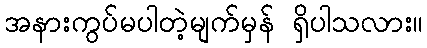
အနားကွပ်မပါတဲ့မျက်မှန် ရှိပါသလား။